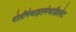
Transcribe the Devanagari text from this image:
पोलीमेथाइलमेथाक्रिलेट